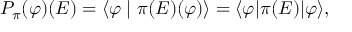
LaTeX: P _ { \pi } ( \varphi ) ( E ) = \langle \varphi \mid \pi ( E ) ( \varphi ) \rangle = \langle \varphi | \pi ( E ) | \varphi \rangle ,